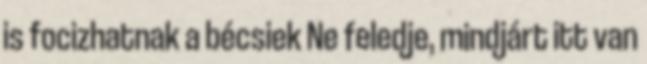
is focizhatnak a bécsiek Ne feledje, mindjárt itt van